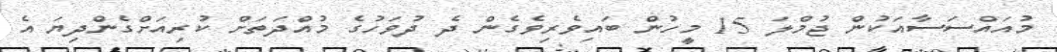
މުއައްސަސާއަކުން ޖުމްލަ 15 މީހުން ބައިވެރިވެގެން ދެ ދުވަހުގެ މުއްދަތަށް ކުރިއަށްގެންދިޔަ އެ